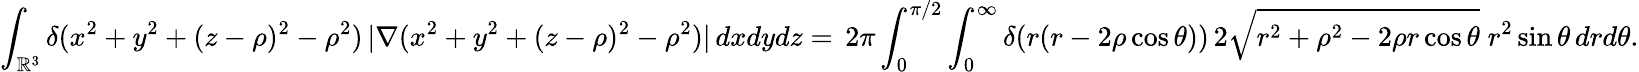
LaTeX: \int_{\mathbb R^{3}}\delta(x^{2}+y^{2}+(z-\rho)^{2}-\rho^{2})\, |\nabla(x^{2}+y^{2}+(z-\rho)^{2}-\rho^{2})|\, dxdydz=\, 2\pi\int_{0}^{\pi/2}\int_{0}^{\infty}\delta(r(r-2\rho\cos\theta))\, 2\sqrt{r^{2}+\rho^{2}-2\rho r\cos\theta}\; r^{2}\sin\theta\, drd\theta.